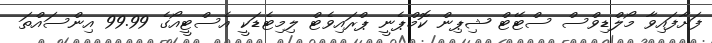
ފަށާފައިވާ މޯލްޑިވްސް ސްޓޭޓް ޝިޕިން ކޮމްޕެނީ ޕްރައިވެޓް ލިމިޓެޑަކީ އެސްޓީއޯގެ 99.99 އިންސައްތަ